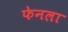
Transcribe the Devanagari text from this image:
फेनला